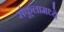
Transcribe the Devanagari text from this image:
संकूलामध्ये